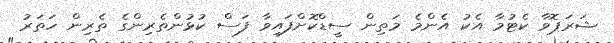
ޝަރަޕޮވާ ކެޓުމާ އެކު އެންމެ މަތިން ސީޑްކޮށްފައިވާ ފަސް ކުޅުންތެރިންގެ ތެރިން ހަތަރު